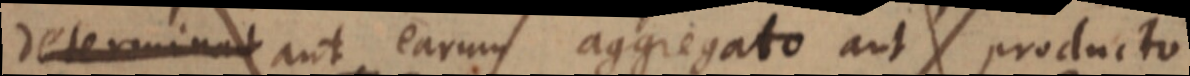
determinat aut earum aggregato aut producto